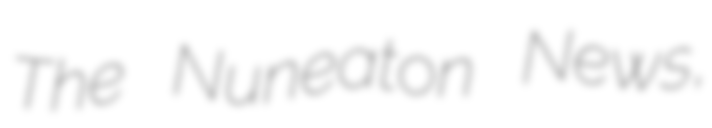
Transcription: The Nuneaton News,